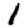
Digit: 1